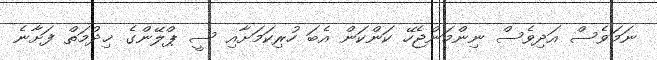
ނަމަވެސް އަދިވެސް ނިންމަންޖެހޭ ކަންކަން އެބަ ހުރިކަމަށާއި ސީ ޕްލޭންގެ ޚިދުމަތް ފަށާނެ